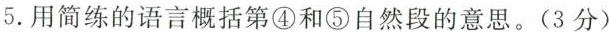
5.用简练的语言概括第④和⑤自然段的意思。(3分)